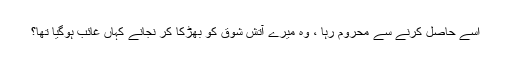
اسے حاصل کرنے سے محروم رہا ، وہ میرے آتشِ شوق کو بھڑکا کر نجانے کہاں غائب ہوگیا تھا؟